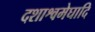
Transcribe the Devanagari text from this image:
दशाश्वमेघादि